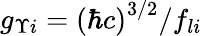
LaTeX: g_{\Upsilon i}={\left(\hbar c\right)}^{3/2}/f_{li}